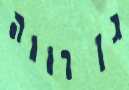
גן רווה